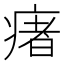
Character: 瘏